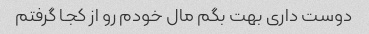
دوست داری بهت بگم مال خودم رو از کجا گرفتم